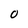
Character: 0